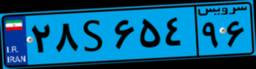
۲۲S۲۴۱۹۴